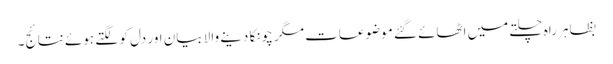
بظاہر راہ چلتے میں اٹھائے گئے موضوعات مگر چونکا دینے والا بیان اور دل کو لگتے ہوئے نتائج۔